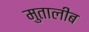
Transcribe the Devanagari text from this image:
मुतालीब